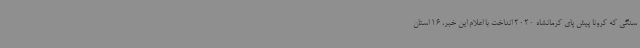
سنگی که کرونا پیش پای کرمانشاه 2020 انداخت با اعلام این خبر، 16 استان